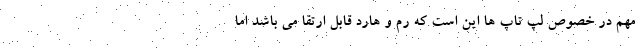
مهم در خصوص لپ تاپ ها این است که رم و هارد قابل ارتقا می باشد اما